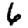
Digit: 6